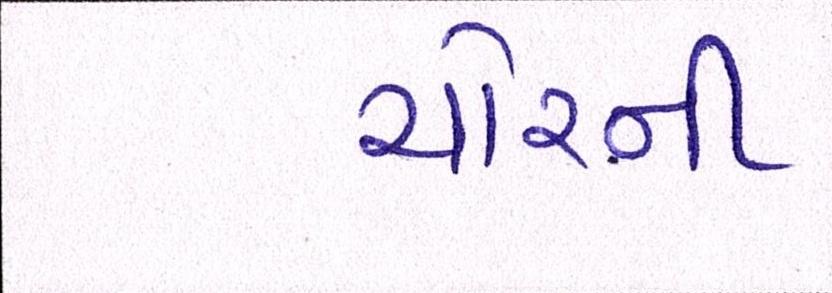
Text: ચોરની